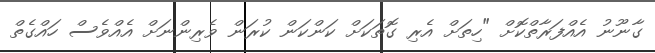
ގާނޫނު އެއްފަރާތްކޮށް "ހިތަށް އެރި ގޮތަކަށް ކަންކަން ކުރަން ވެރިންނަށް އެއްވެސް ހައްގެތް